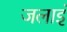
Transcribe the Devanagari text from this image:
जलाइं